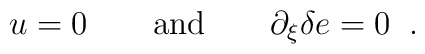
u = 0 \qquad \hbox{and} \qquad \partial _\xi \delta e = 0 \; \; .